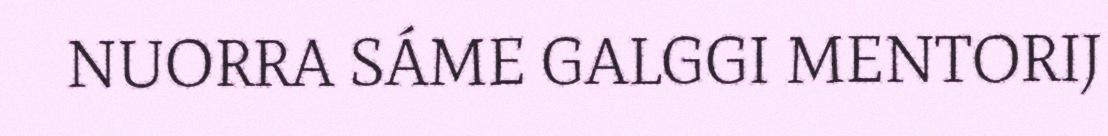
NUORRA SÁME GALGGI MENTORIJ